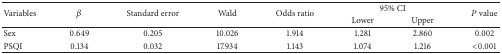
<table><thead><tr><td rowspan="2"><b>Variables</b></td><td rowspan="2"><b><i>β</i></b></td><td rowspan="2"><b>Standard error</b></td><td rowspan="2"><b>Wald</b></td><td rowspan="2"><b>Odds ratio</b></td><td colspan="2"><b>95% CI</b></td><td rowspan="2"><b><i>P</i> value</b></td></tr><tr><td><b>Lower</b></td><td><b>Upper</b></td></tr></thead><tbody><tr><td>Sex</td><td>0.649</td><td>0.205</td><td>10.026</td><td>1.914</td><td>1.281</td><td>2.860</td><td>0.002</td></tr><tr><td>PSQI</td><td>0.134</td><td>0.032</td><td>17.934</td><td>1.143</td><td>1.074</td><td>1.216</td><td>&lt;0.001</td></tr></tbody></table>